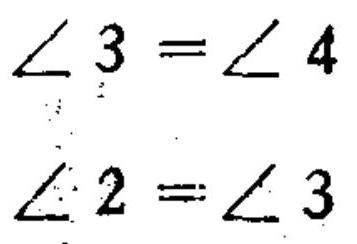
\[
\begin{align*}
\angle 3&=\angle 4\\
\angle 2&=\angle 3
\end{align*}
\]